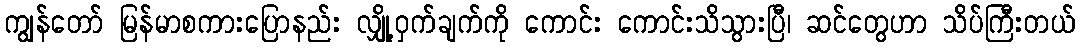
ကျွန်တော် မြန်မာစကားပြောနည်း လျှို့ဝှက်ချက်ကို ကောင်း ကောင်းသိသွားပြီ၊ ဆင်တွေဟာ သိပ်ကြီးတယ်